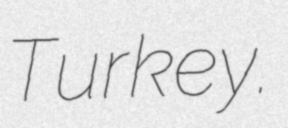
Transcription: Turkey.